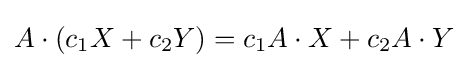
A\cdot (c_{1}X+c_{2}Y)=c_{1}A\cdot X+c_{2}A\cdot Y